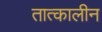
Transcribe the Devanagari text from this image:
तात्‍कालीन